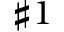
\sharp 1